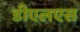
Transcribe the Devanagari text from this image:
डीएलएस